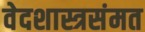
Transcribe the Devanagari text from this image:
वेदशास्त्रसंमत